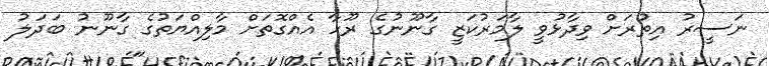
ނަސީރު އިތުރަށް ވިދާޅުވީ ލާމަރުކަޒީ ގާނޫނުގެ ރޫހާ އެއްގޮތަށް މާލިއްޔަތުގެ ގާނޫނު ބަދަލު